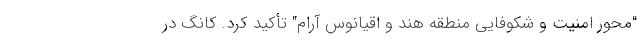
"محور امنیت و شکوفایی منطقه هند و اقیانوس آرام" تأکید کرد. کانگ در